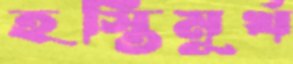
হস্তিমূর্খ